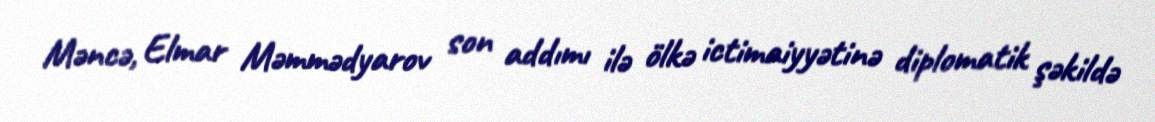
Məncə, Elmar Məmmədyarov son addımı ilə ölkə ictimaiyyətinə diplomatik şəkildə